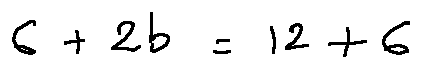
6 + 2 b = 1 2 + 6